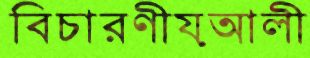
বিচারণীয়আলী